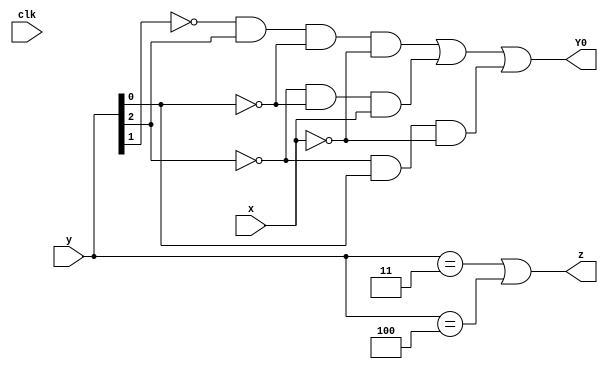
module top_module (
    input clk,
    input [2:0] y,
    input x,
    output Y0,
    output z
);

    assign Y0 = (~y[1] & y[2] & ~y[0] & ~x) | (~y[2] & ~y[0] & x) | (~y[2] & y[0] & ~x);
    //assign Y0 = y[0];
    assign z  = (y == 'b011) | (y == 'b100);
endmodule